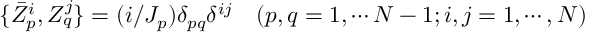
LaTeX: \{ \bar { Z } _ { p } ^ { i } , Z _ { q } ^ { j } \} = ( i / J _ { p } ) \delta _ { p q } \delta ^ { i j } \quad ( p , q = 1 , \cdots N - 1 ; i , j = 1 , \cdots , N )